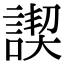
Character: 𧩶